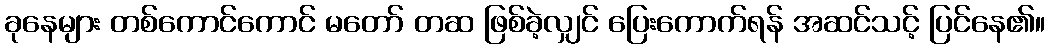
ခုနေများ တစ်ကောင်ကောင် မတော် တဆ ဖြစ်ခဲ့လျှင် ပြေးကောက်ရန် အဆင်သင့် ပြင်နေ၏။